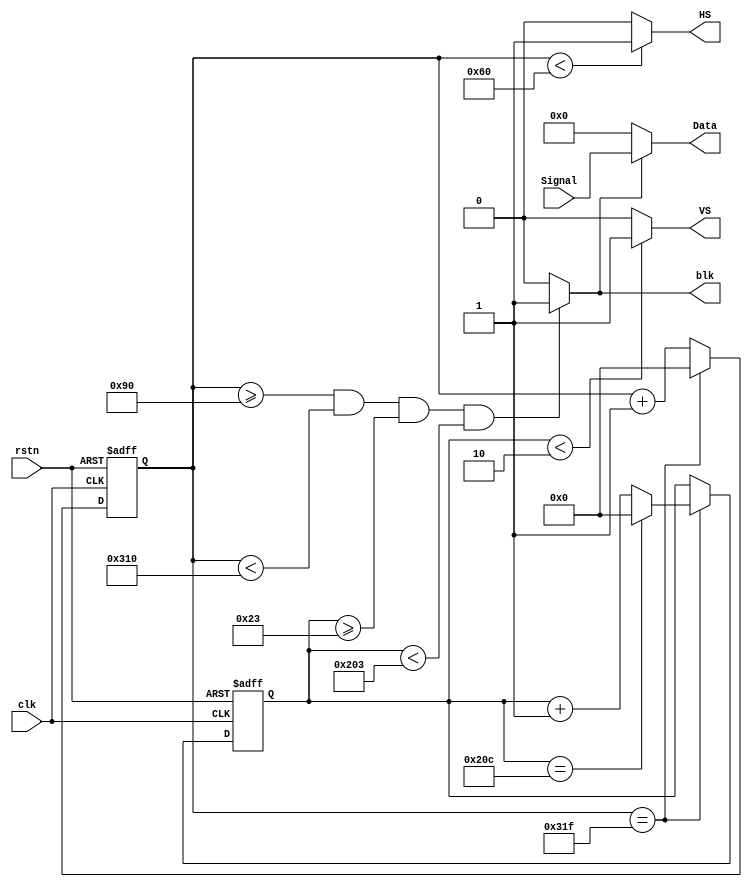
module vga (
    clk,
    rstn,
    Signal,
    HS,
    VS,
    blk,
    Data
);
    input clk;
    input rstn;
    input [23:0]Signal;
    output HS;
    output VS;
    output blk;
    output [23:0] Data;
//H
parameter HS_max = 96;
parameter H_Back_Porch = 40;
parameter Left_Border = 8;
parameter Right_Border = 8;
parameter H_Front_Porch = 8;
//V
parameter VS_max = 2;
parameter V_Back_Porch = 25;
parameter Top_Border = 8;
parameter Botton_Border = 8;
parameter V_Front_Porch = 2;
//Data_Valid
parameter H_Data_Valid = 640;
parameter V_Data_Valid = 480;

reg [9:0] HS_count;
always @(posedge clk or negedge rstn) begin
    if(!rstn)
        HS_count <= 10'b0;
    else if(HS_count == HS_max+H_Back_Porch+Left_Border+H_Data_Valid+Right_Border+H_Front_Porch-1)
        HS_count <= 10'b0;
    else
        HS_count <=HS_count +1'b1;
end

reg [9:0] VS_count;
always @(posedge clk or negedge rstn) begin
    if(!rstn)
        VS_count <= 10'b0;
    else if(HS_count == HS_max+H_Back_Porch+Left_Border+H_Data_Valid+Right_Border+H_Front_Porch-1)begin
        if(VS_count == VS_max+V_Back_Porch+Top_Border+V_Data_Valid+Botton_Border+V_Front_Porch-1)
            VS_count <= 10'b0;
        else    VS_count <=VS_count +1'b1;
    end
    else    
        VS_count <=VS_count;
end

assign HS = (HS_count < HS_max)?1:0;
assign VS = (VS_count < VS_max)?1:0;
assign blk = ((HS_count >= HS_max+H_Back_Porch+Left_Border)&&(HS_count <  HS_max+H_Back_Porch+Left_Border+H_Data_Valid)&&(VS_count >= VS_max+V_Back_Porch+Top_Border)&&(VS_count <VS_max+V_Back_Porch+Top_Border+V_Data_Valid))?1:0;
assign Data = blk?Signal:0;
endmodule //vga